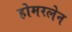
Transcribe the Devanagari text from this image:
होमरलेन